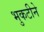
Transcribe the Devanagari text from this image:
भुकटीने